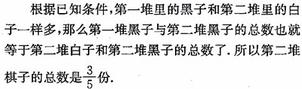
根据已知条件，第一堆里的黑子和第二堆里的白子一样多，那么第一堆黑子与第二堆黑子的总数也就等于第二堆白子和第二堆黑子的总数了. 所以第二堆棋子的总数是$\frac{3}{5}$份.